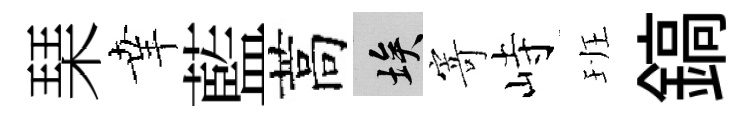
琹𦍒藍蒿埃寄峙班鎬